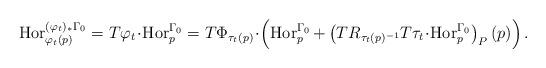
LaTeX: \begin{align*}\operatorname{Hor}^{(\varphi_t)_*\Gamma_0}_{\varphi_t(p)}=T\varphi_t\!\cdot\!\operatorname{Hor}^{\Gamma_0}_p=T\Phi_{\tau_t(p)}\!\cdot\!\left(\operatorname{Hor}^{\Gamma_0}_p+\left(TR_{\tau_t(p)^{-1}}T\tau_t\!\cdot\!\operatorname{Hor}^{\Gamma_0}_p\right)_P(p)\right).\end{align*}